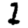
Digit: 1